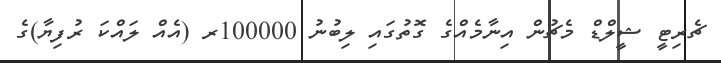
ޗެރިޓީ ޝީލްޑް މެޗުން އިނާމެއްގެ ގޮތުގައި ލިބުނު 100000ރ (އެއް ލައްކަ ރުފިޔާ)ގެ